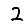
Digit: 2